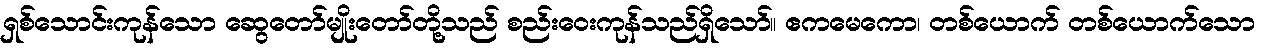
ရှစ်သောင်းကုန်သော ဆွေတော်မျိုးတော်တို့သည် စည်းဝေးကုန်သည်ရှိသော်။ ဧကမေကော၊ တစ်ယောက် တစ်ယောက်သော